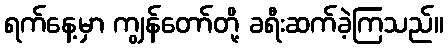
ရက်နေ့မှာ ကျွန်တော်တို့ ခရီးဆက်ခဲ့ကြသည်။